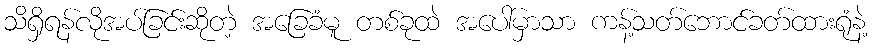
သိရှိရန်လိုအပ်ခြင်းဆိုတဲ့ အခြေခံမူ တစ်ခုထဲ အပေါ်မှာသာ ကန့်သတ်ဘောင်ခတ်ထားရုံနဲ့